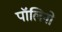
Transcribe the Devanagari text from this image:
पॉलिनो